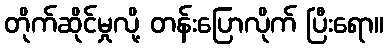
တိုက်ဆိုင်မှုလို့ တန်းပြောလိုက် ပြီးရော။